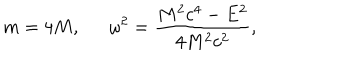
m = 4 M , \omega ^ { 2 } = \frac { M ^ { 2 } c ^ { 4 } - E ^ { 2 } } { 4 M ^ { 2 } c ^ { 2 } } ,